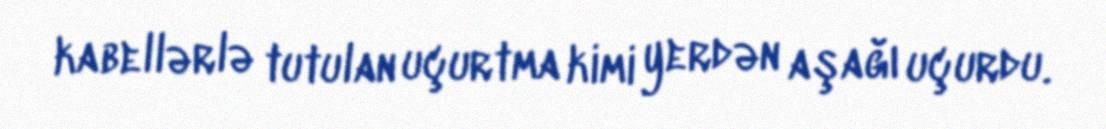
kabellərlə tutulan uçurtma kimi yerdən aşağı uçurdu.